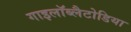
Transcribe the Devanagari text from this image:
गाइलॉब्लैटोडिया